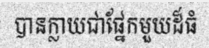
បានក្លាយជាផ្នែកមួយដ៏ធំ